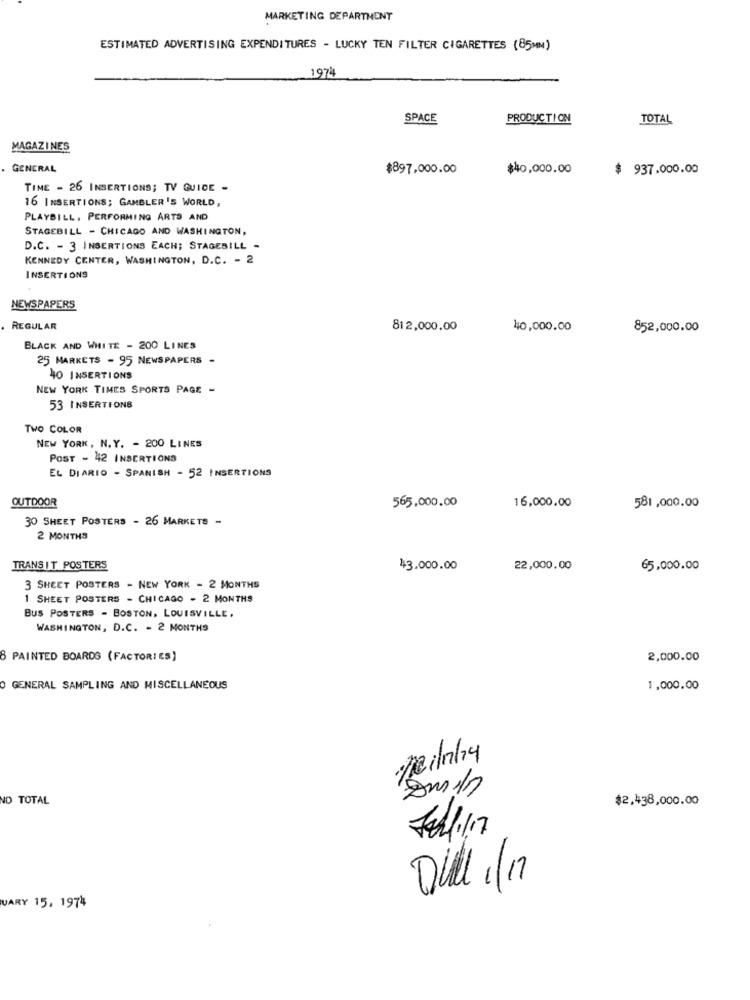
MARKETING DEPARTMENT
ESTIMATED ADVERTISING EXPENDITURES - LUCKY TEN FILTER CIGARETTES (85MM)
1974
SPACE
PRODUCTION
TOTAL
MAGAZINES
GENERAL
$897,000.00
$40,000.00
$ 937.000.00
TIME - 26 INSERTIONS; TV GUIDE -
16 INSERTIONS; GAMBLER'S WORLD,
PLAYBILL, PERFORMING ARTS AND
STAGEBILL - CHICAGO AND WASHINGTON,
D.C. - 3 INSERTIONS EACH; STAGEBILL -
KENNEDY CENTER, WASHINGTON, D.C. - 2
INSERTIONS
NEWSPAPERS
REGULAR
812,000.00
40,000.00
852,000.00
BLACK AND WHITE - 200 LINES
25 MARKETS - 95 NEWSPAPERS -
40 INSERTIONS
NEW YORK TIMES SPORTS PAGE -
53 INSERTIONS
TWO COLOR
NEW YORK, N. Y. - 200 LINES
POST - 42 INSERTIONS
EL DIARIO - SPANISH - 52 INSERTIONS
OUTDOOR
565,000.00
16,000.00
581,000.00
30 SHEET POSTERS - 26 MARKETS -
2 MONTHS
TRANSIT POSTERS
$3,000.00
22,000.00
65,000.00
3 SHEET POSTERS - NEW YORK - 2 MONTHS
1 SHEET POSTERS - CHICAGO - 2 MONTHS
BUS POSTERS - BOSTON, LOUISVILLE.
WASHINGTON, D.C. - 2 MONTHS
8 PAINTED BOARDS (FACTORIES)
2,000.00
O GENERAL SAMPLING AND MISCELLANEOUS
1,000.00
Teilrhy
ND TOTAL
$2,438,000.00
Dull 1/17
UARY 15, 1974